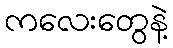
ကလေးတွေနဲ့